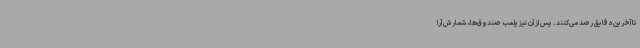
تا آخرین دقایق رصد می‌کنند. پس از آن نیز پلمب صندوق‌ها، شمارش آرا